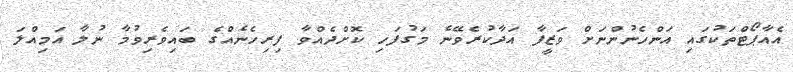
އެއާޕޯޓްތަކުގައި އަންހެނުންނަށް ވަޒީފާ އަދާކުރެވޭނެ މަގުފަހި ކޮށްދެއްވާ ފިރިހެނެއްގެ ބައިވެރިވުމާ ނުލާ އަމިއްލަ